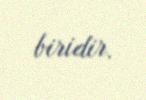
biridir.